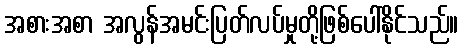
အစားအစာ အလွန်အမင်းပြတ်လပ်မှုတို့ဖြစ်ပေါ်နိုင်သည်။